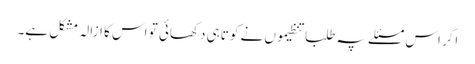
اگر اس مسئلے پہ طلبا تنظیموں نے کوتاہی دکھائی تو اس کا ازالہ مشکل ہے۔